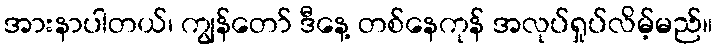
အားနာပါတယ်၊ ကျွန်တော် ဒီနေ့ တစ်နေကုန် အလုပ်ရှုပ်လိမ့်မည်။